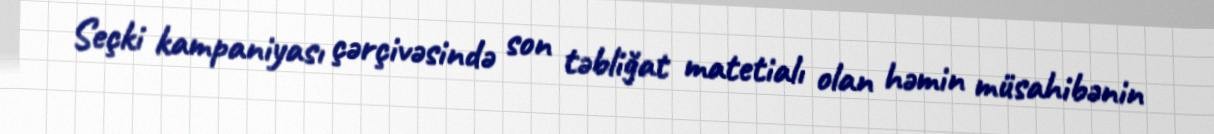
Seçki kampaniyası çərçivəsində son təbliğat matetialı olan həmin müsahibənin